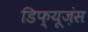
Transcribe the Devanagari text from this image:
डिफ्यूज़ंस